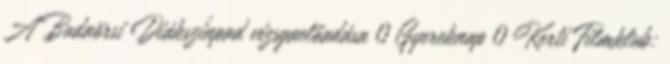
A Budaörsi Diákszínpad vizsgaelőadása 0 Gyereknap 0 Kerti Filmklub: